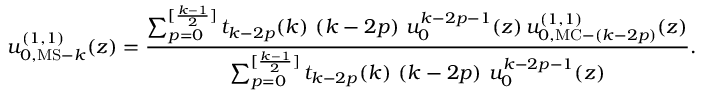
u _ { 0 , { \mathrm { M S - } } k } ^ { ( 1 , 1 ) } ( z ) = \frac { \sum _ { p = 0 } ^ { [ \frac { k - 1 } { 2 } ] } t _ { k - 2 p } ( k ) \, \left( k - 2 p \right) \, u _ { 0 } ^ { k - 2 p - 1 } ( z ) \, u _ { 0 , { \mathrm { M C - } } ( k - 2 p ) } ^ { ( 1 , 1 ) } ( z ) } { \sum _ { p = 0 } ^ { [ \frac { k - 1 } { 2 } ] } t _ { k - 2 p } ( k ) \, \left( k - 2 p \right) \, u _ { 0 } ^ { k - 2 p - 1 } ( z ) } .